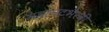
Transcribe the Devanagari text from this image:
महानटभैरवी